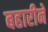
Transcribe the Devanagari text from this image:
बहारीने